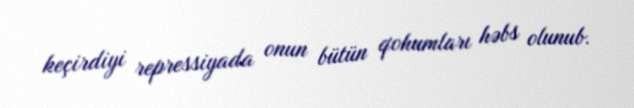
keçirdiyi repressiyada onun bütün qohumları həbs olunub.